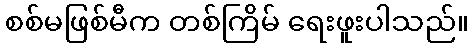
စစ်မဖြစ်မီက တစ်ကြိမ် ရေးဖူးပါသည်။